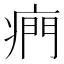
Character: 𤷱